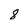
Character: 8